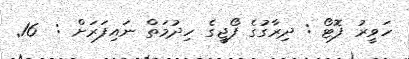
ހަވީރު ފޮޓޯ : ދިރާގުގެ ފޯޖީގެ ހިދުމަތް ނައިފަރަށް :  16